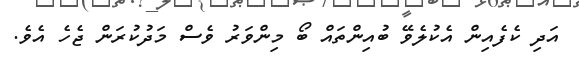
އަދި ކެފެއިން އެކުލެވޭ ބުއިންތައް ބޯ މިންވަރު ވެސް މަދުކުރަން ޖެހެ އެވެ.